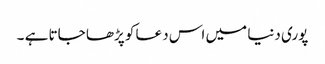
پوری دنیا میں اس دعا کو پڑھا جاتا ہے ۔